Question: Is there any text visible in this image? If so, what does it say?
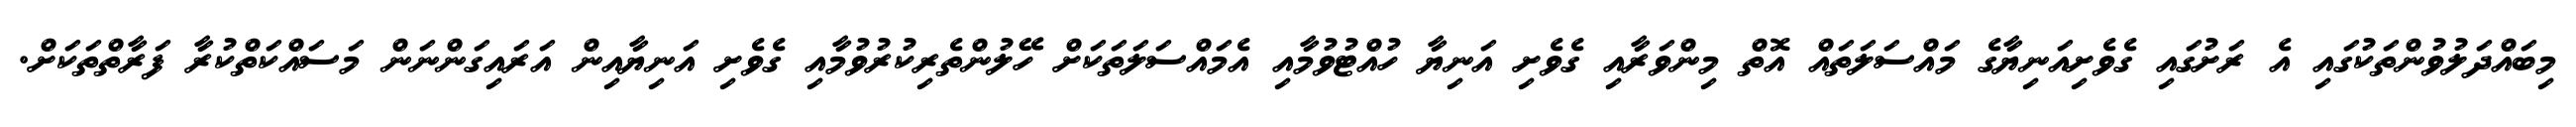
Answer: މިބައްދަލުވުންތަކުގައި އެ ރަށުގައި ގެވެށިއަނިޔާގެ މައްސަލަތައް އޮތް މިންވަރާއި ގެވެށި އަނިޔާ ހުއްޓުވުމާއި އެމައްސަލަތަކަށް ހޭލުންތެރިކުރުވުމާއި ގެވެށި އަނިޔާއިން އަރައިގަންނަން މަސައްކަތްކުރާ ފަރާތްތަކަށް.